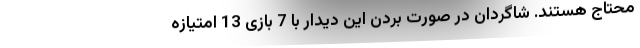
محتاج هستند. شاگردان در صورت بردن این دیدار با 7 بازی 13 امتیازه